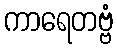
ကာရေတဗ္ဗံ